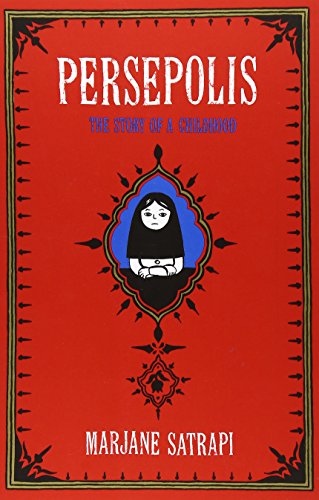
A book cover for Persepolis: The Story of a Childhood; Marjane Satrapi; Comics & Graphic Novels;